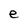
Character: e